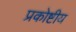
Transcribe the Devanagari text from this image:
प्रकोष्टीय